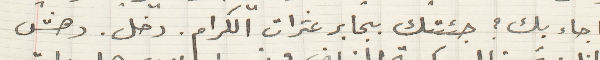
ما جاء بك؟ جئتك بجابر عثرات الكرام. دخل. دهش